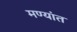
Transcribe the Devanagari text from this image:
मण्यांत